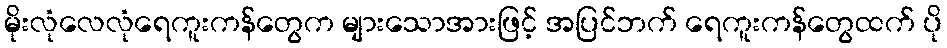
မိုးလုံလေလုံရေကူးကန်တွေက များသောအားဖြင့် အပြင်ဘက် ရေကူးကန်တွေထက် ပို